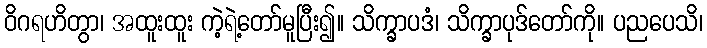
ဝိဂရဟိတွာ၊ အထူးထူး ကဲ့ရဲ့တော်မူပြီး၍။ သိက္ခာပဒံ၊ သိက္ခာပုဒ်တော်ကို။ ပညပေသိ၊